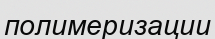
полимеризации